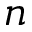
n